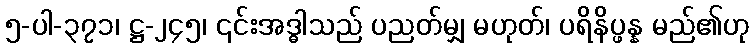
၅-ပါ-၃၇၁၊ ဋ္ဌ-၂၄၅၊ ၎င်းအဒ္ဓါသည် ပညတ်မျှ မဟုတ်၊ ပရိနိပ္ဖန္န မည်၏ဟု